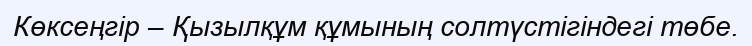
Көксеңгір – Қызылқұм құмының солтүстігіндегі төбе.